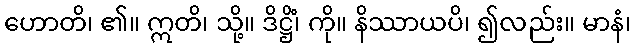
ဟောတိ၊ ၏။ ဣတိ၊ သို့။ ဒိဋ္ဌိံ၊ ကို။ နိဿာယပိ၊ ၍လည်း။ မာနံ၊